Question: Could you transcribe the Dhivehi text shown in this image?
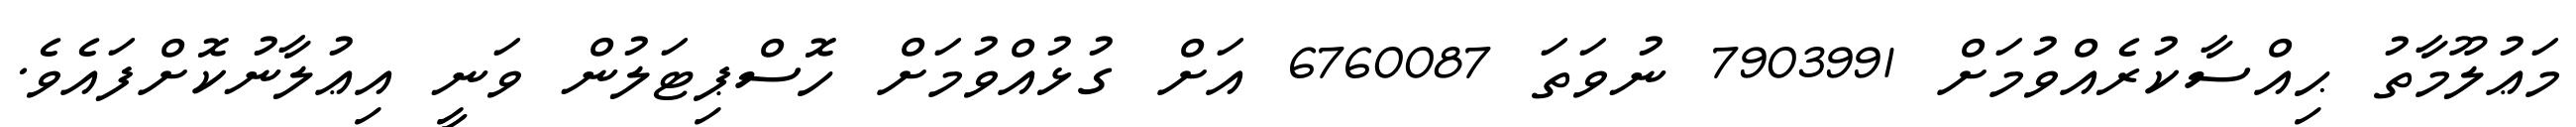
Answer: މަޢުލޫމާތު ޙިއްސާކުރެއްވުމަށް 7903991 ނުވަތަ 6760087 އަށް ގުޅުއްވުމަށް ހޮސްޕިޓަލުން ވަނީ އިޢުލާނުކޮށްފައެވެ.